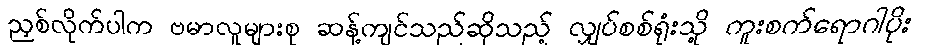
ညှစ်လိုက်ပါက ဗမာလူများစု ဆန့်ကျင်သည်ဆိုသည့် လျှပ်စစ်ရုံးသို့ ကူးစက်ရောဂါပိုး